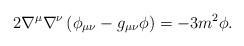
LaTeX: \begin{align*} 2\nabla^\mu\nabla^\nu \left( \phi_{\mu\nu} - g_{\mu\nu}\phi \right) = -3 m^2 \phi.\end{align*}